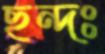
ছন্দঃ